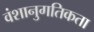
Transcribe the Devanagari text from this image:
वंशानुगतिकता